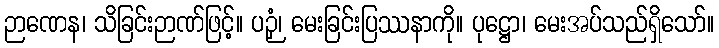
ဉာဏေန၊ သိခြင်းဉာဏ်ဖြင့်။ ပဉှံ၊ မေးခြင်းပြဿနာကို။ ပုဋ္ဌော၊ မေးအပ်သည်ရှိသော်။